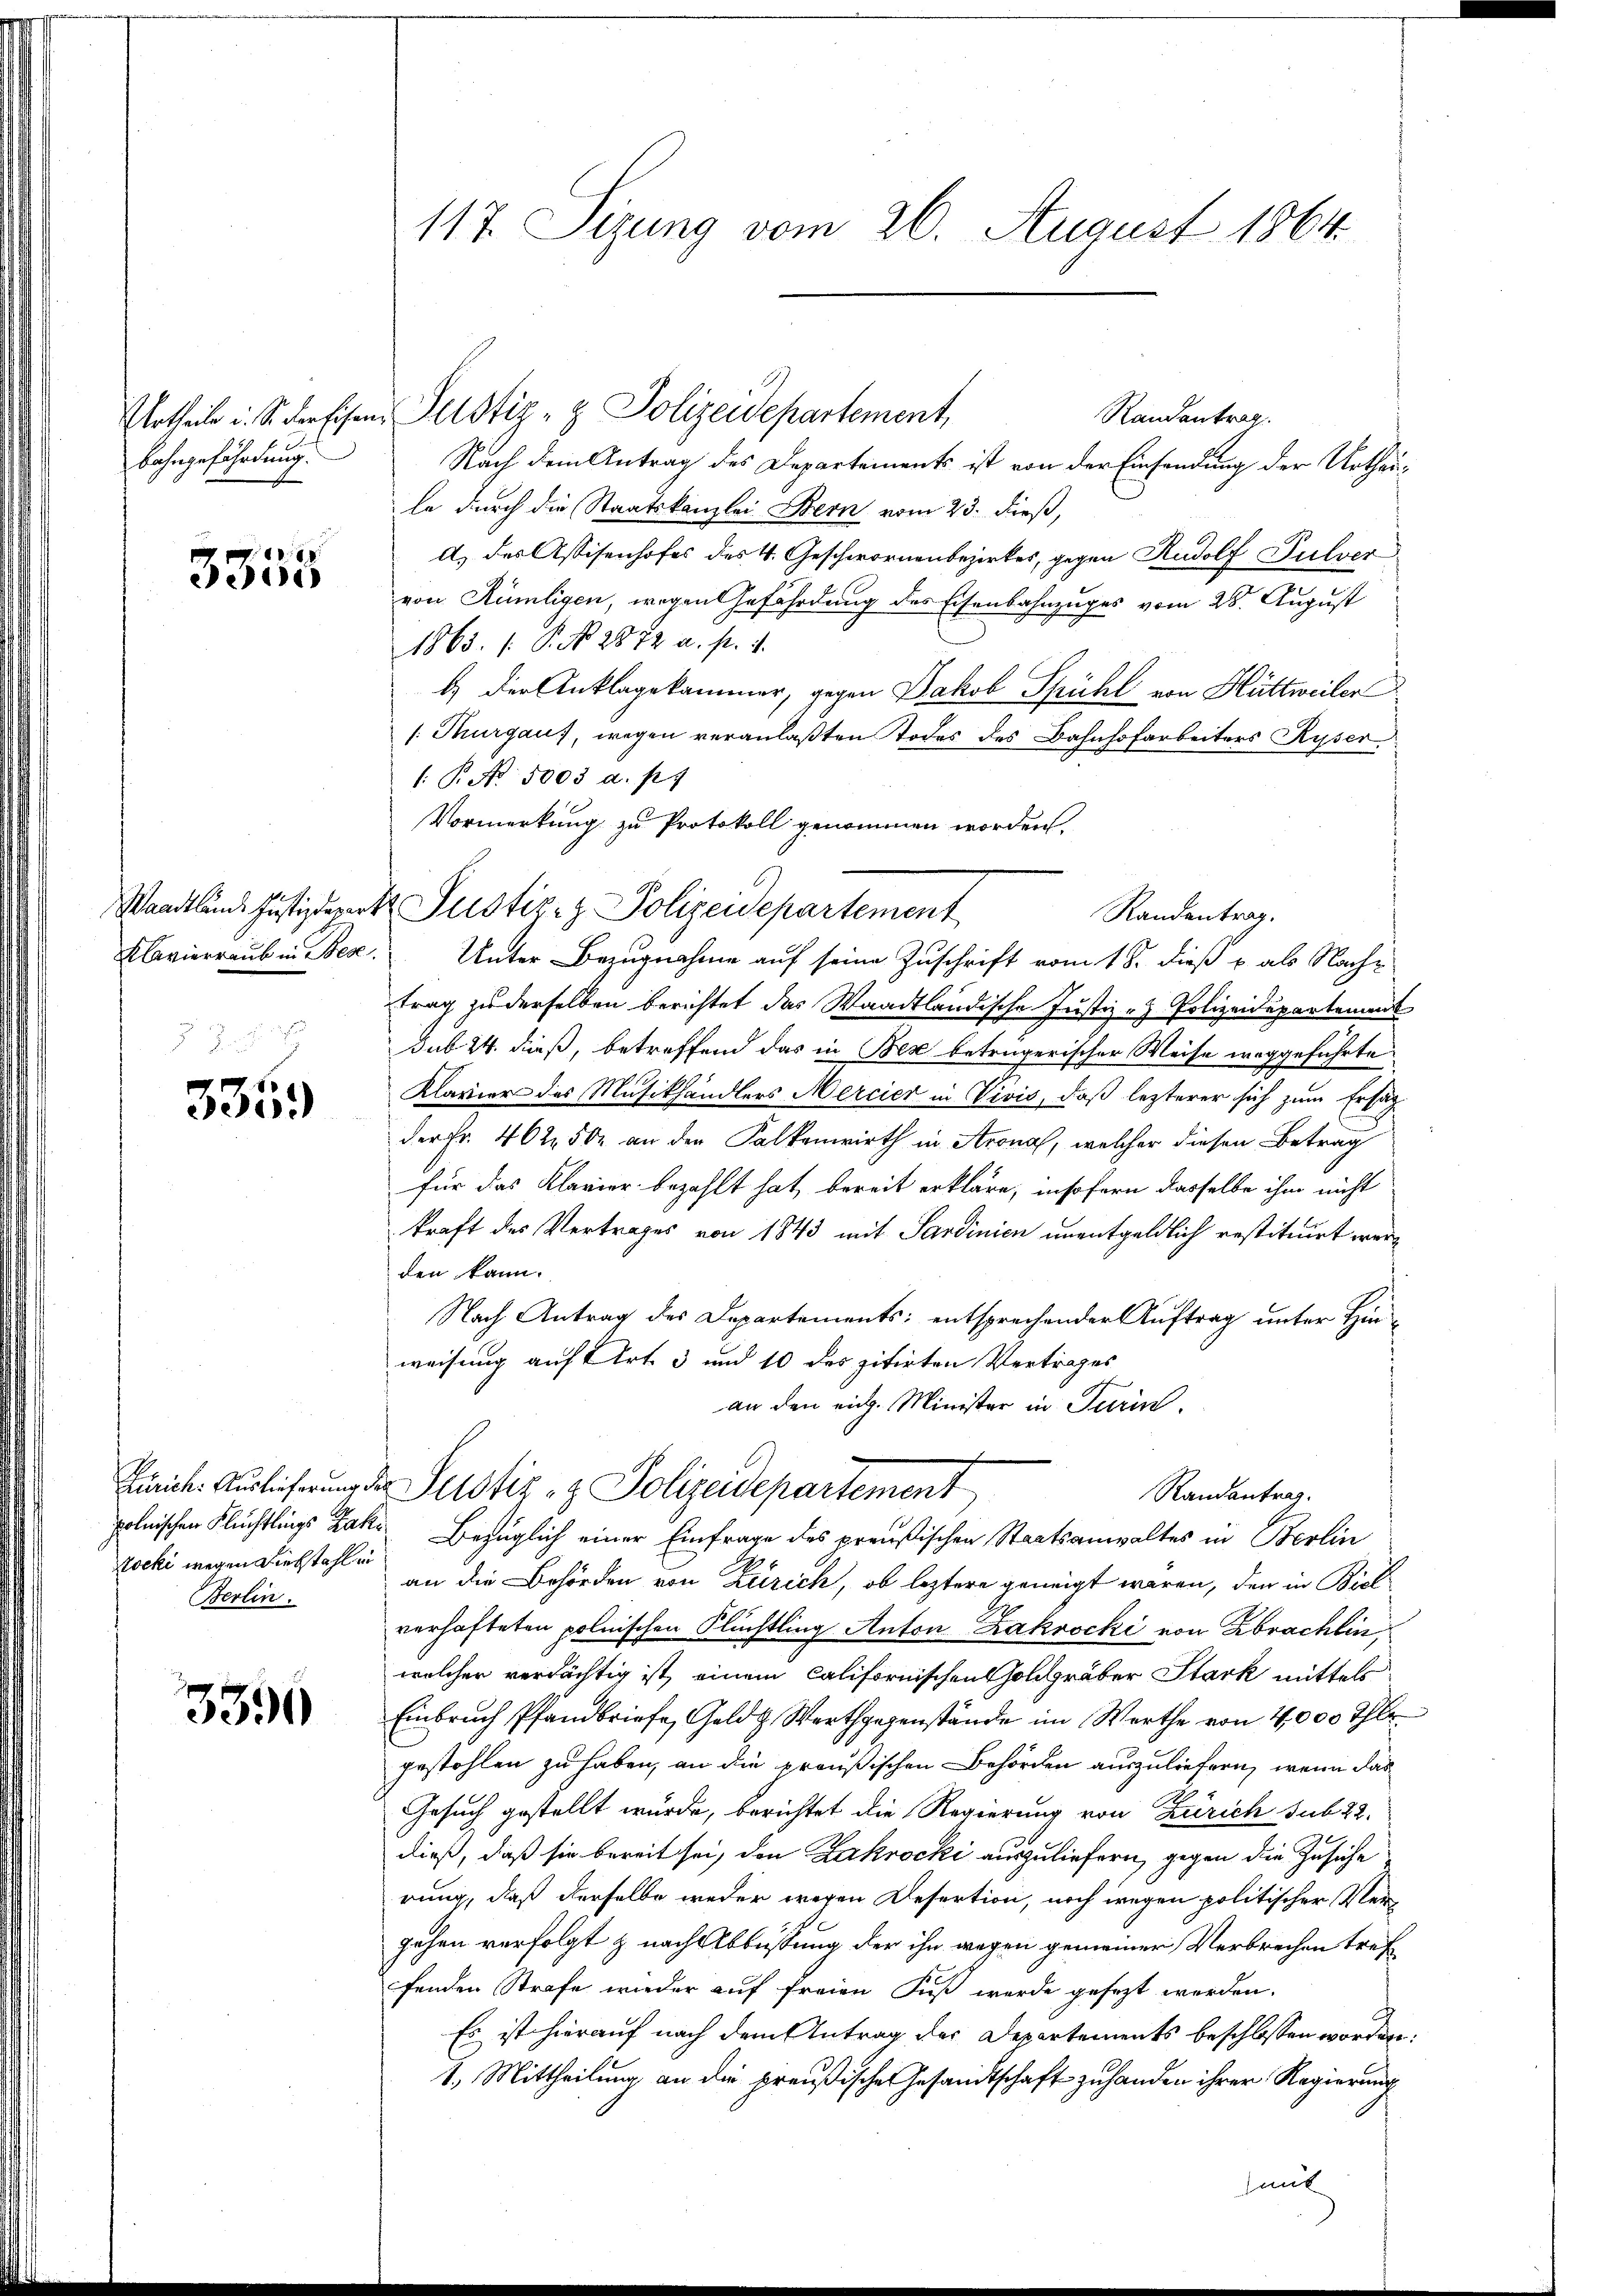
Bahngefährdung.

315

Klavierraub in Bez
2

3359

Rocki wegen Diebstahlen
Berlin.

3390

117. Sizung vom 26. August 1864.

Randantrag
Nach dem Antrag des Departements ist von der Einsendung der Urtheile durch die Staatskanzlei Bern vom 23. dieß,
d) des Assisenhofes des 4. Geschwornenbezirkes, gegen Rudolf Pulver
von Rümligen, wegen Gefährdung des Eisenbahnzuges vom 28. August
1865. 1. P. No. 2872 a. p. 1.
b) der Anklagekammer, gegen Jakob Spühl von Hüttweiler
[: Thurgaus, wegen veranlaßten Todes des Bahnhofarbeiters Ryser
/: P. No. 5003 a. p.
Vormerkung zu Protokoll genommen worden.
Unter Bezugnahme auf seine Zuschrift vom 18. dieß u. als Nachtrag zu derselben berichtet das Waadtländische Justiz - Polizeidepartement
sub 24. dieß, betreffend das in Bex betrügerischer Weise weggeführte
Klavier des Musikhändlers Mercier in Vivis, daß lezterer sich zum Ersat
der Fr. 462, 502 an den Falkenwirth in Arona, welcher diesen Betrag
für das Klavier bezahlt hat, bereit erkläre, insofern dasselbe ihm nicht
kraft des Vertrages von 1843 mit Sardinien unentgeldlich restituirt werden kann.
Nach Antrag des Departements: entsprechender Auftrag unter Hinweisung auf Art. 3 und 10 des zitirten Vertrages
an den eidg. Minister in Turin,
Zürich. Auslicherung der Justiz- & Polizeidepartement
Randantrag.
polnischen Flüchtlings Zake Bezüglich einer Einfrage des preußischen Staatsanwaltes in Berlin
an die Behörden von Zürich, ob leztere geneigt waren, den in Biel
verhafteten polnischen Flüchtling Anton Zakrocki von brachlin,
welcher verdächtig ist, einem californischen Goldgräber Stark mittels
Einbruch Pfandbriefe, Geld & Werthgegenstände im Werthe von 4000 Thlr
gestohlen zu haben, an die preußischen Behörden auszuliefern, wenn das
Gesuch gestellt wurde, berichtet die Regierung von Zürich sub 22.
dieß, daß sie bereit sei, den Zakrocki auszuliefern, gegen die Zusiche
rung, daß derselbe weder wegen Desertion, noch wegen politischer Vergehen verfolgt & nach Abbüssung der ihn wegen gemeiner Verbrechen treffenden Strafe wieder auf freien Fuß werde gesezt werden.
Es ist hierauf nach dem Antrag des Departements beschlossen worden:
1. Mittheilung an die preußische Gesandtschaft zu handen ihrer Regierung
mit

Urtheile u. S. der Eisen Geistiz- & Polizeidepartement,

Waadtlände Justizdeparte Justiz- & Polizeidepartement

Randantrag.